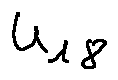
u _ { 1 8 }